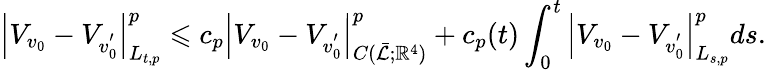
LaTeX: \left|V_{v_{0}}-V_{v_{0}^{'}}\right|_{L_{t,p}}^{p}\leqslant c_{p}\left|V_{v_{0}}-V_{v_{0}^{'}}\right|_{C(\mathcal{\bar{L}};\mathbb{R}^{4})}^{p}+c_{p}(t)\int_{0}^{t}\left|V_{v_{0}}-V_{v_{0}^{'}}\right|_{L_{s,p}}^{p}ds.